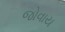
જોવાય